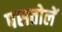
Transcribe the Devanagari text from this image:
पसतोलें